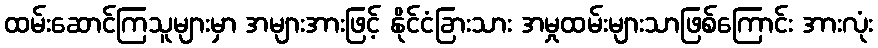
ထမ်းဆောင်ကြသူများမှာ အများအားဖြင့် နိုင်ငံခြားသား အမှုထမ်းများသာဖြစ်ကြောင်း အားလုံး